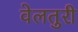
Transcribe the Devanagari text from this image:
वेलतुरी